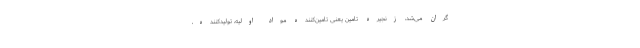
گران می‌شد، زنجیره تامین یعنی تامین‌کننده مواد اولیه، تولیدکننده،